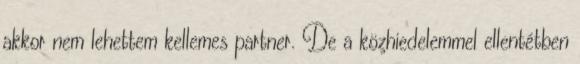
akkor nem lehettem kellemes partner. De a közhiedelemmel ellentétben